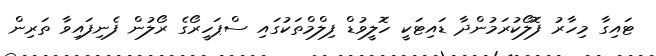
ޓައިގާ މިހާރު ފޮލޯކުރަމުންދާ ޑައިޓަކީ ހޮލީވުޑް ފިލްމްތަކުގައި ސްޕަހީރޯގެ ރޯލުން ފެނިފައިވާ ތަރިން